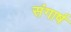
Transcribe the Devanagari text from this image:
संगार्ष